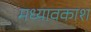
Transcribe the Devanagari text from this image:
मध्यावकाश